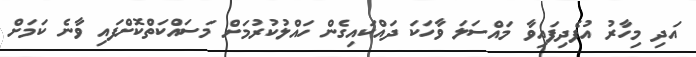
އަދި މިހާރު އުފެދިފައިވާ މައްސަލަ ވާހަކަ ދައްކައިގެން ހައްލުކުރުމަށް މަސައްކަތްކޮށްފައި ވާނެ ކަމަށް